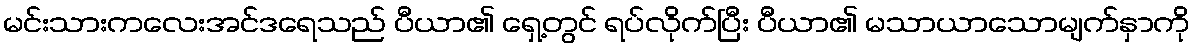
မင်းသားကလေးအင်ဒရေသည် ပီယာ၏ ရှေ့တွင် ရပ်လိုက်ပြီး ပီယာ၏ မသာယာသောမျက်နှာကို